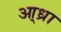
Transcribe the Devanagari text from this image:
आ्ध्रा